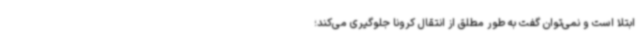
ابتلا است و نمی‌توان گفت به طور مطلق از انتقال کرونا جلوگیری می‌کند؛